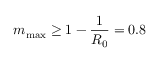
m _ { \mathrm { m a x } } \geq 1 - \frac { 1 } { R _ { 0 } } = 0 . 8